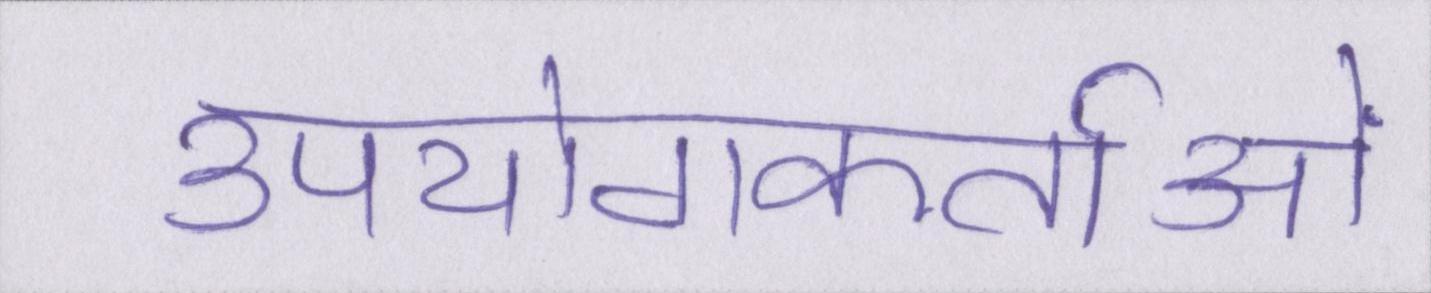
उपयोगकर्ताओं